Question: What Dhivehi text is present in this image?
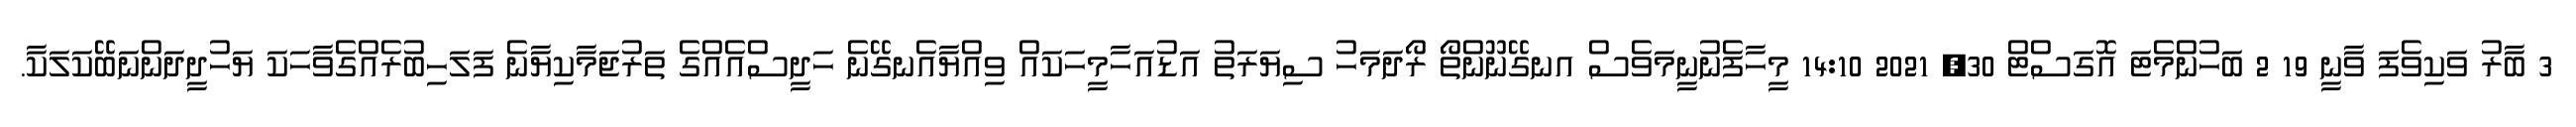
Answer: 3 ބާރު ވަކިވެފަ ވާނީ 19 2 ބަހުންމެޓަ އޮގަސްޓް 30, 2021 14:10 މީހާފެނުނީމަވެސް އނގޭނޫންތޯ ރޯދަމަހު ސިޔަރަތު އަޑުއަހާމީހަކައް ވިއްޔާއެނގޭނެ ހަދީސްއެއްގެ ތަރުޖަމާކިޔާނެ ފަލަހިބުރެއްގެވާހަކަ ޔަހުދީދަންނަބޭކަލަކާ.